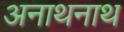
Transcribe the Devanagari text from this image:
अनाथनाथ